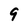
Character: 9